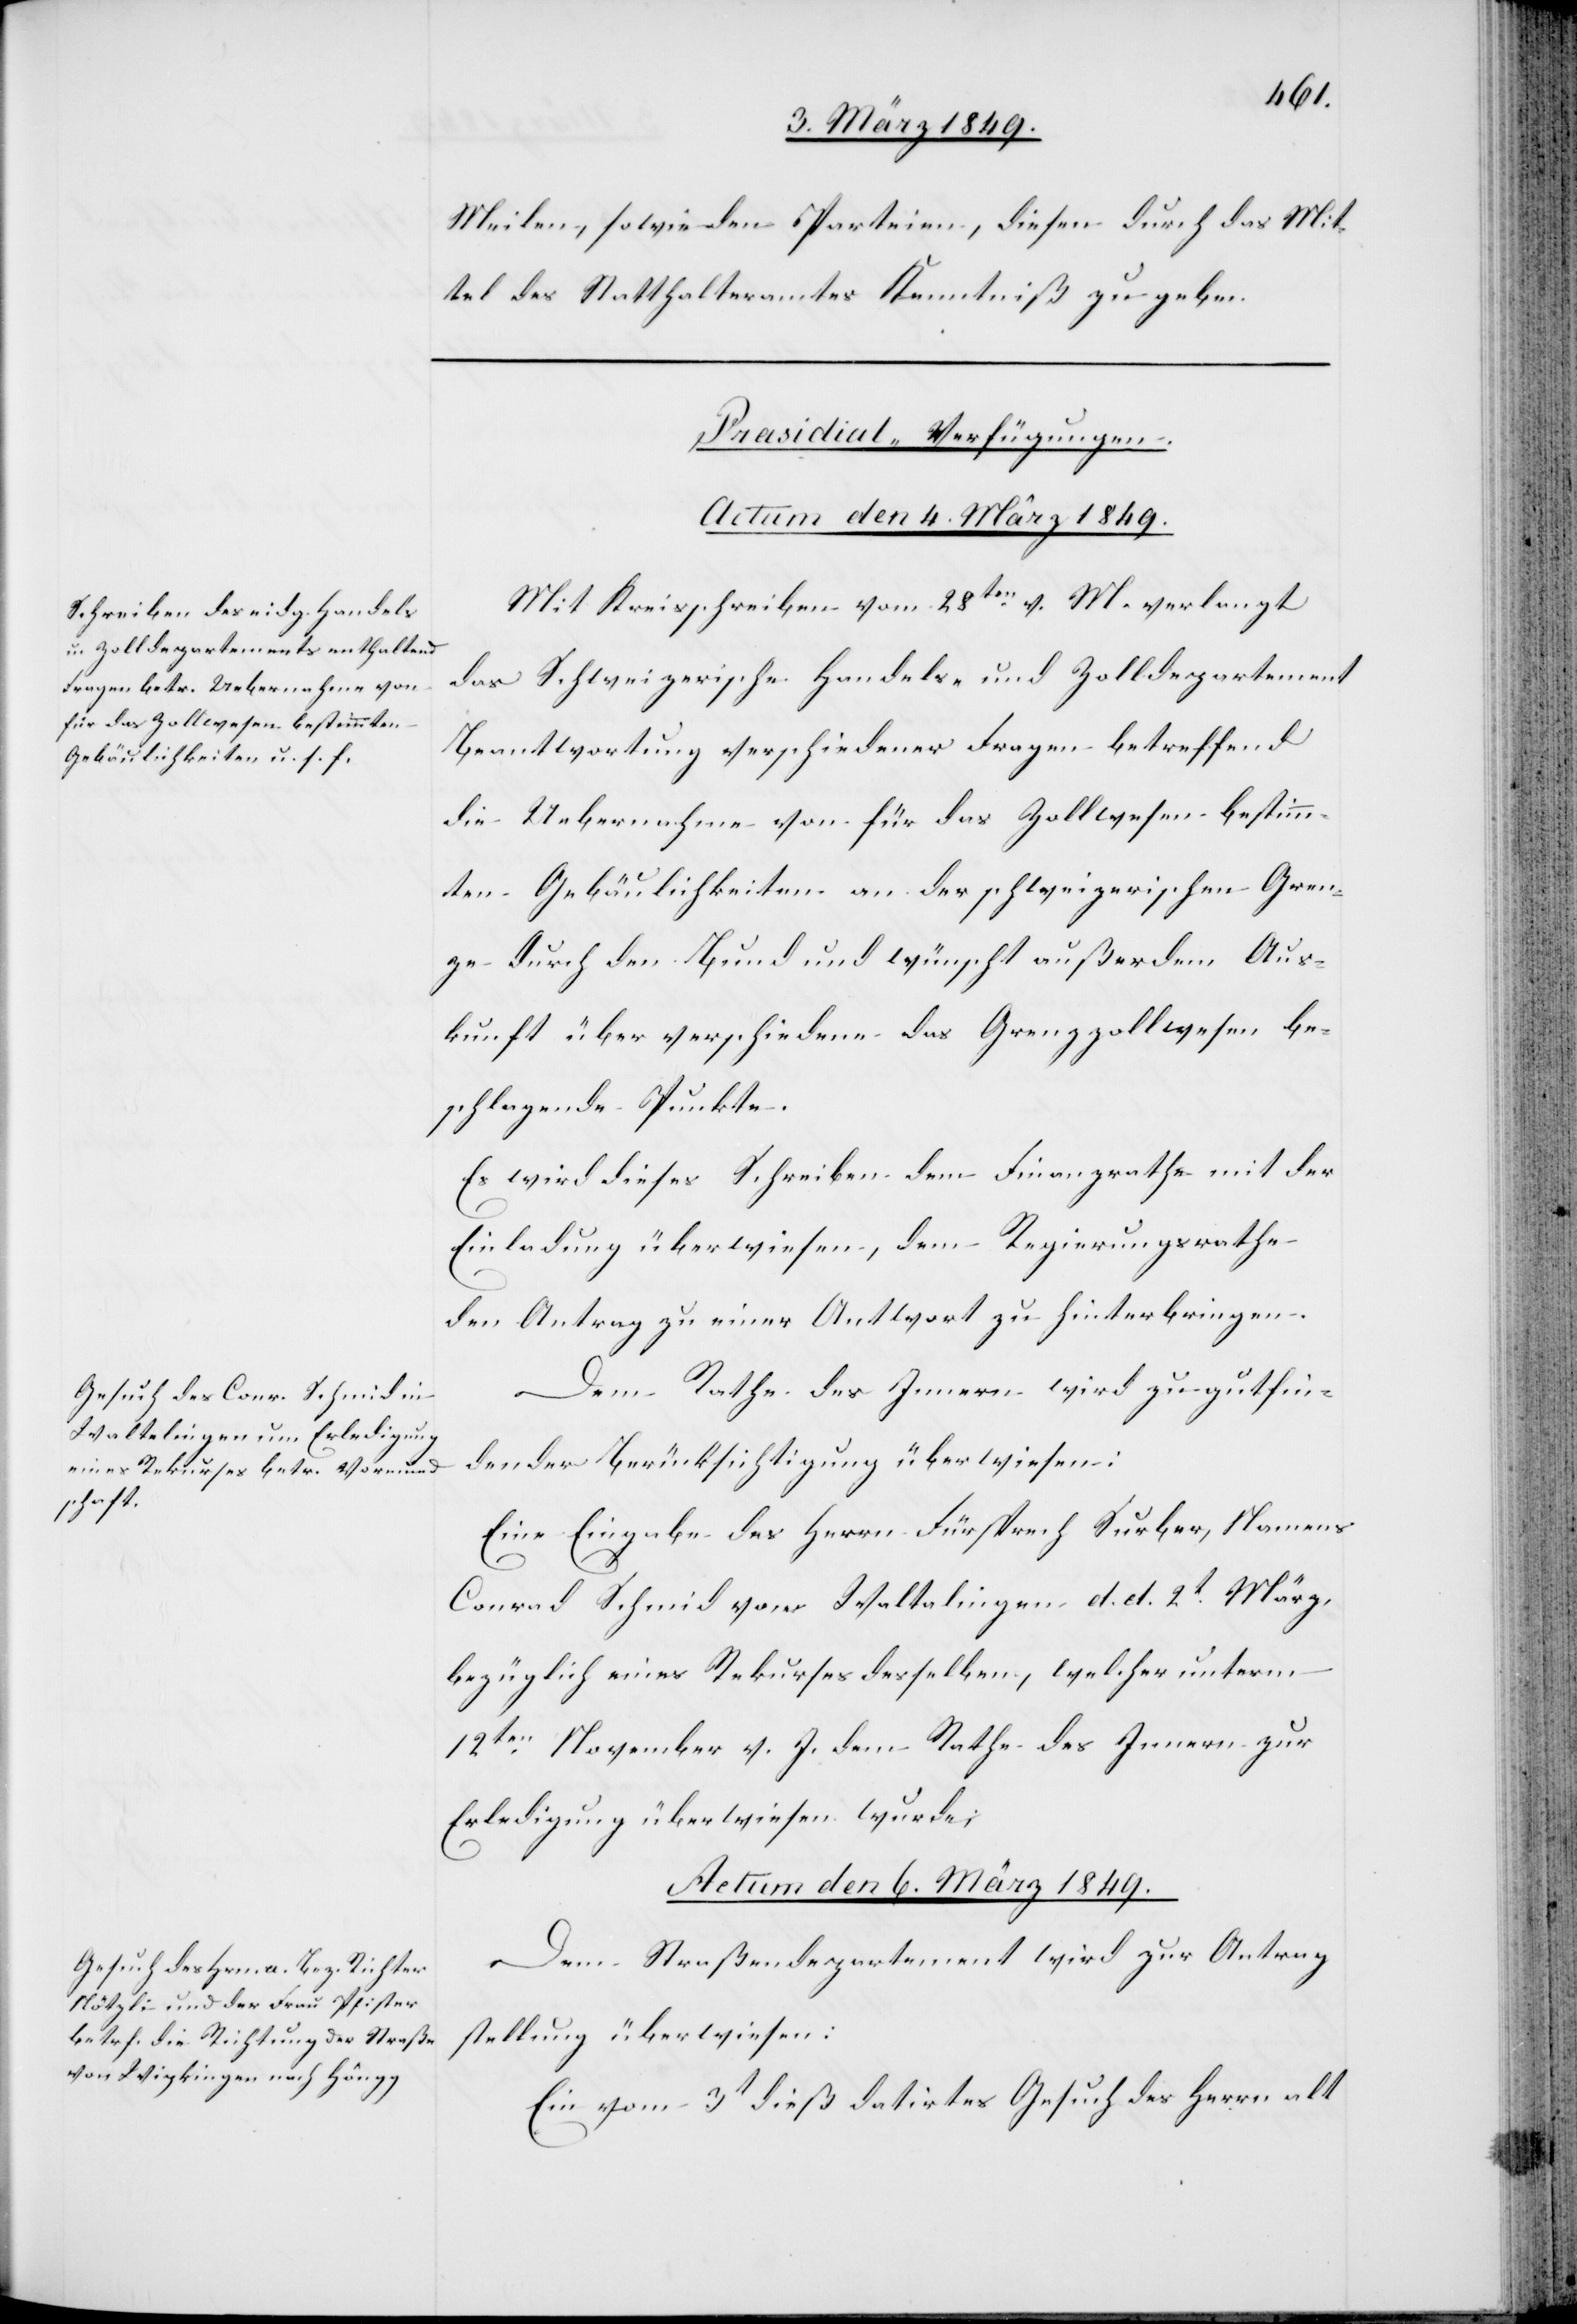
Meilen, sowie den Parteien, diesen durch das Mit¬
tel des Statthalteramtes Kenntniß zu geben.
[Präsidial-Verfügungen.]
Actum den 6. März 1849.
Mit Kreisschreiben vom 28ten. v. M. verlangt
das Schweizerische Handels- und Zolldepartement
Beantwortung verschiedener Fragen betreffend
die Uebernahme von für das Zollwesen bestimm¬
ten Gebäulichkeiten an der schweizerischen Gren¬
ze durch den Bund und wünscht außerdem Aus¬
kunft über verschiedene das Grenzzollwesen be¬
schlagende Punkte.
Es wird dieses Schreiben dem Finanzrathe mit der
Einladung überwiesen, dem Regierungsrathe
den Antrag zu einer Antwort zu hinterbringen.
Dem Rathe des Innern wird zu gutfin¬
dender Berücksichtigung überwiesen:
Eine Eingabe des Herrn Fürsprech Surber, Namens
Conrad Schmid von Waltalingen [sic!] d. d. 2t. März,
bezüglich eines Rekurses desselben, welcher unterm
12ten. November v. J. dem Rathe des Innern zur
Erledigung überwiesen wurde;
Dem Straßendepartement wird zur Antrag¬
stellung überwiesen:
Ein vom 3t dieß datirtes Gesuch des Herrn alt